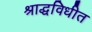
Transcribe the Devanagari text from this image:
श्राद्धविधीत